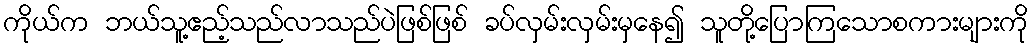
ကိုယ်က ဘယ်သူ့ဧည့်သည်လာသည်ပဲဖြစ်ဖြစ် ခပ်လှမ်းလှမ်းမှနေ၍ သူတို့ပြောကြသောစကားများကို